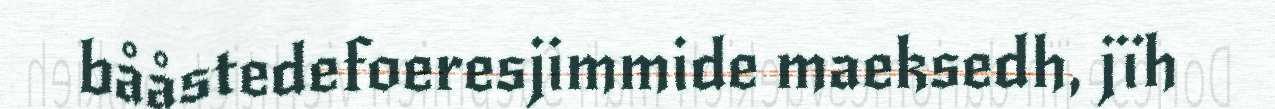
bååstedefoeresjimmide maeksedh, jïh